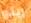
رينو